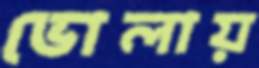
ভোলায়